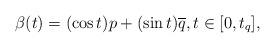
LaTeX: \begin{align*}\beta(t) = (\cos t) p + (\sin t) \overline{q}, t \in [0, t_q],\end{align*}